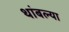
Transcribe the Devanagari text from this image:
थांबल्या